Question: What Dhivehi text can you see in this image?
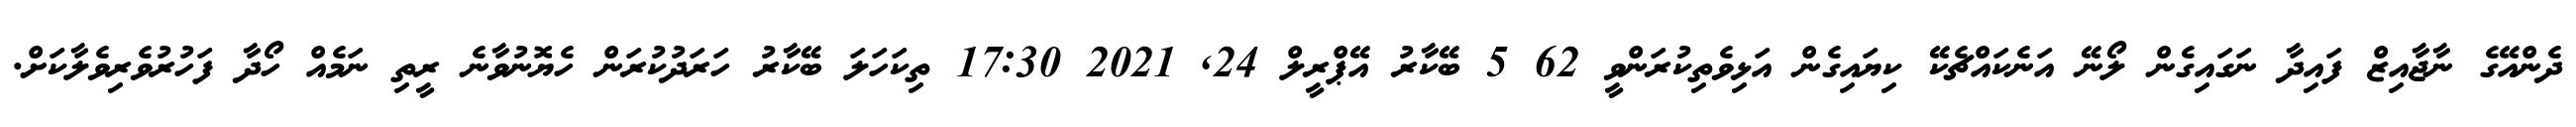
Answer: ދެންއޭގެ ނާޖާއިޒް ފައިދާ ނަގައިގެން ލޯނޭ އަނެކައްޗެކޭ ކިޔައިގެން އަޅިވެތިކުރަންވީ 62 5 ބޭކާރު އޭޕްރީލް 24, 2021 17:30 ތިކަހަލަ ބޭކާރު ހަރަދުކުރަން ހެޔޮނުވާނެ ރީތި ނަމެއް ހޯދާ ފަހުރުވެރިވެލާކަށް.